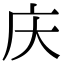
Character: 庆